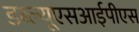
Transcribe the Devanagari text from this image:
डब्ल्यूएसआईपीएस